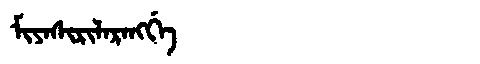
Manchu: ᠮᡳᠶᠠᠰᡳᡵᡳᠯᠠᡵᠠᠩᡤᡝ
Romanization: MIYASIRILARANGGE